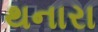
થનારા